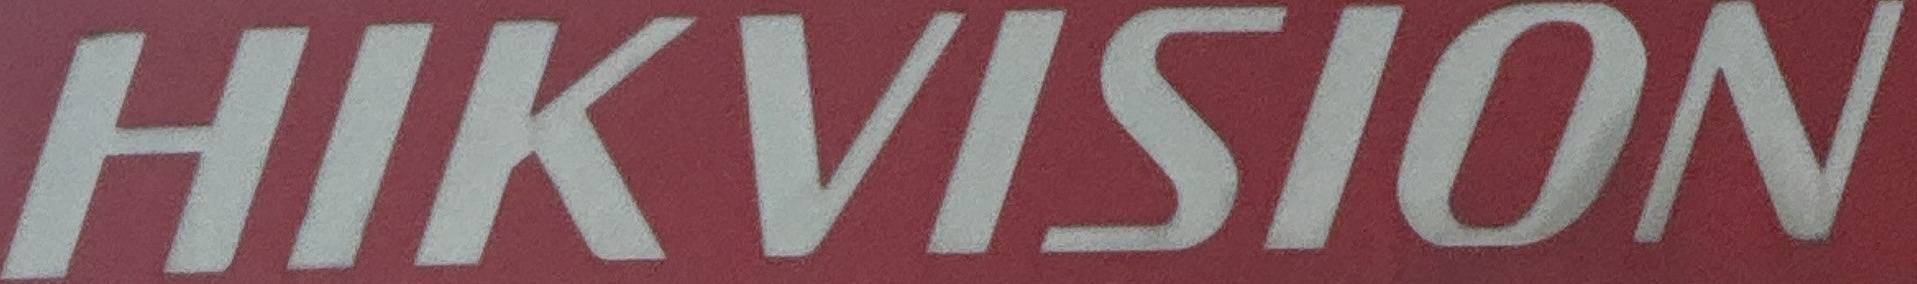
HIKVISION